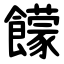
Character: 饛